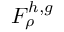
F _ { \rho } ^ { h , g }